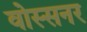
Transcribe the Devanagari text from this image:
वोस्सनर